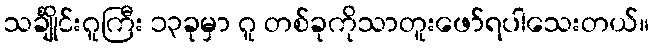
သင်္ချိုင်းဂူကြီး ၁၃ခုမှာ ဂူ တစ်ခုကိုသာတူးဖော်ရပါသေးတယ်။